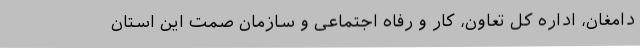
دامغان، اداره کل تعاون، کار و رفاه اجتماعی و سازمان صمت این استان